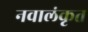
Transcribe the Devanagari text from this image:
नवालंकृत